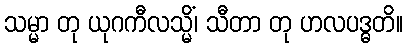
သမ္မာ တု ယုဂကီလသ္မိံ၊ သီတာ တု ဟလပဒ္ဓတိ။